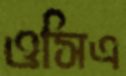
ওসিএ